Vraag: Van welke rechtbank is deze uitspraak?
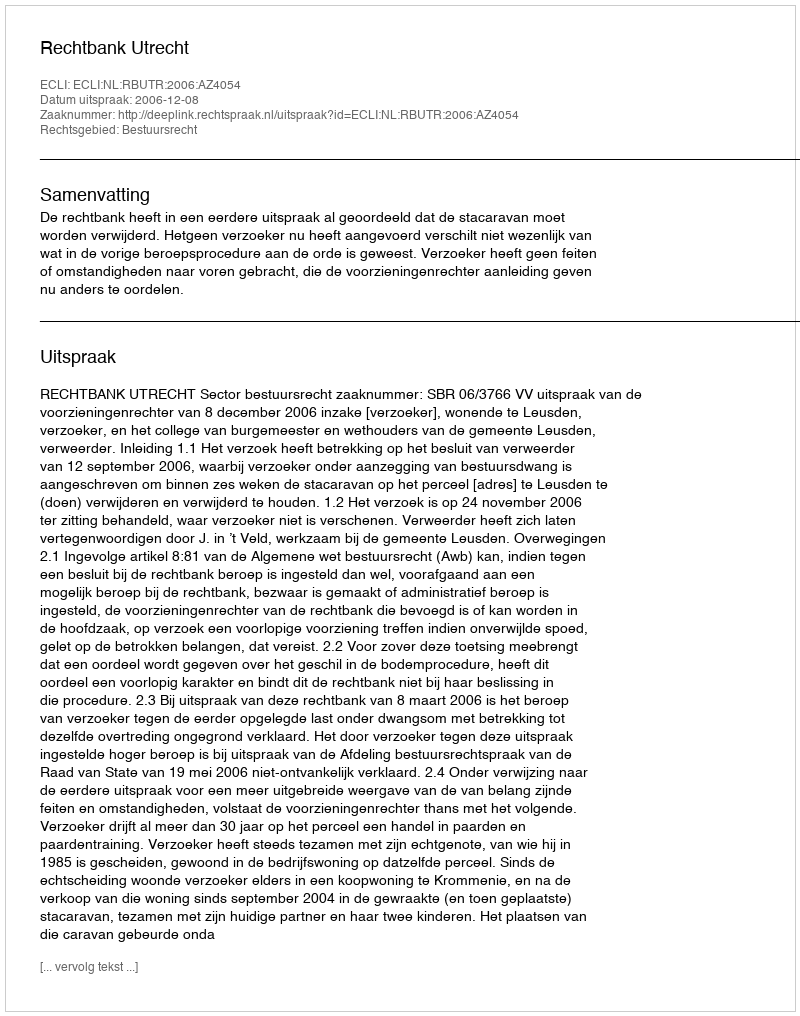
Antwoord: Rechtbank Utrecht